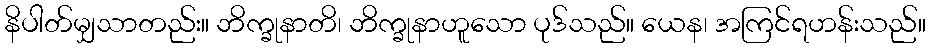
နိပါတ်မျှသာတည်း။ ဘိက္ခုနာတိ၊ ဘိက္ခုနာဟူသော ပုဒ်သည်။ ယေန၊ အကြင်ရဟန်းသည်။